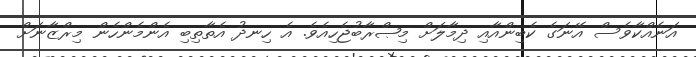
އަނެއްކާވެސް އޭނަގެ ކެބިންއާއި ދިމާލަށް މިޞްރާބުޖެހިއެވެ. އެ ހިނދު އެތާތިބި އެންމެންހެން މިރްޒާނަށް